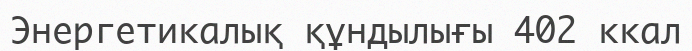
Энергетикалық құндылығы 402 ккал